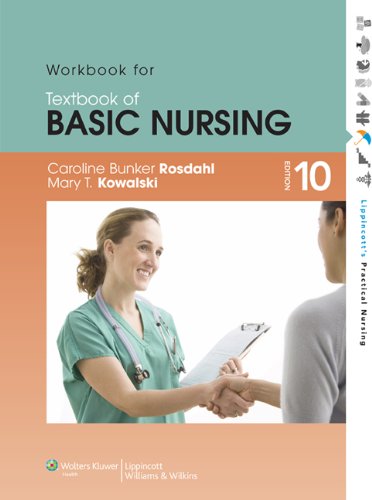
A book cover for Workbook for Textbook of Basic Nursing (Lippincott's Practical Nursing); Caroline Bunker Rosdahl RN  BSN  MA; Medical Books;